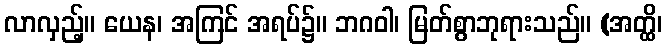
လာလှည့်။ ယေန၊ အကြင် အရပ်၌။ ဘဂဝါ၊ မြတ်စွာဘုရားသည်။ (အတ္ထိ၊